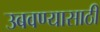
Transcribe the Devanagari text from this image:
उबवण्यासाठी